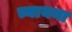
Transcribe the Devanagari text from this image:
च्यायना